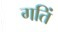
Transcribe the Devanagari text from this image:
गतिं